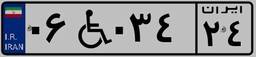
۰۶W۰۳۴۲۴